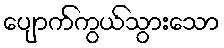
ပျောက်ကွယ်သွားသော